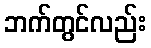
ဘက်တွင်လည်း